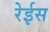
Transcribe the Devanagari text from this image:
रेईस